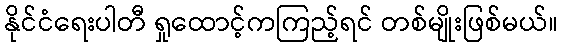
နိုင်ငံရေးပါတီ ရှုထောင့်ကကြည့်ရင် တစ်မျိုးဖြစ်မယ်။